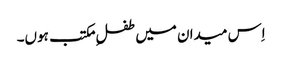
اِس میدان میں طفلِ مکتب ہوں۔